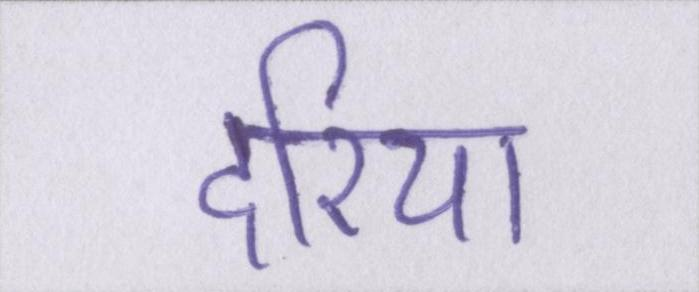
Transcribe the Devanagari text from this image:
दरिया